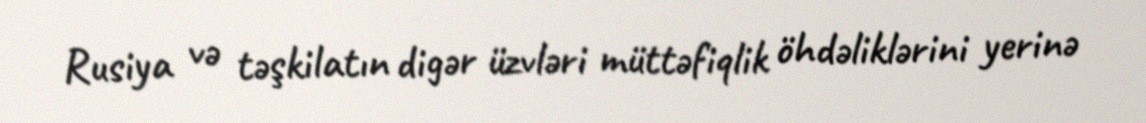
Rusiya və təşkilatın digər üzvləri müttəfiqlik öhdəliklərini yerinə